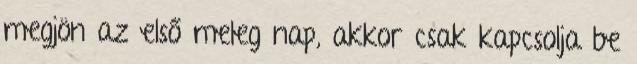
megjön az első meleg nap, akkor csak kapcsolja be